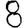
Digit: 8